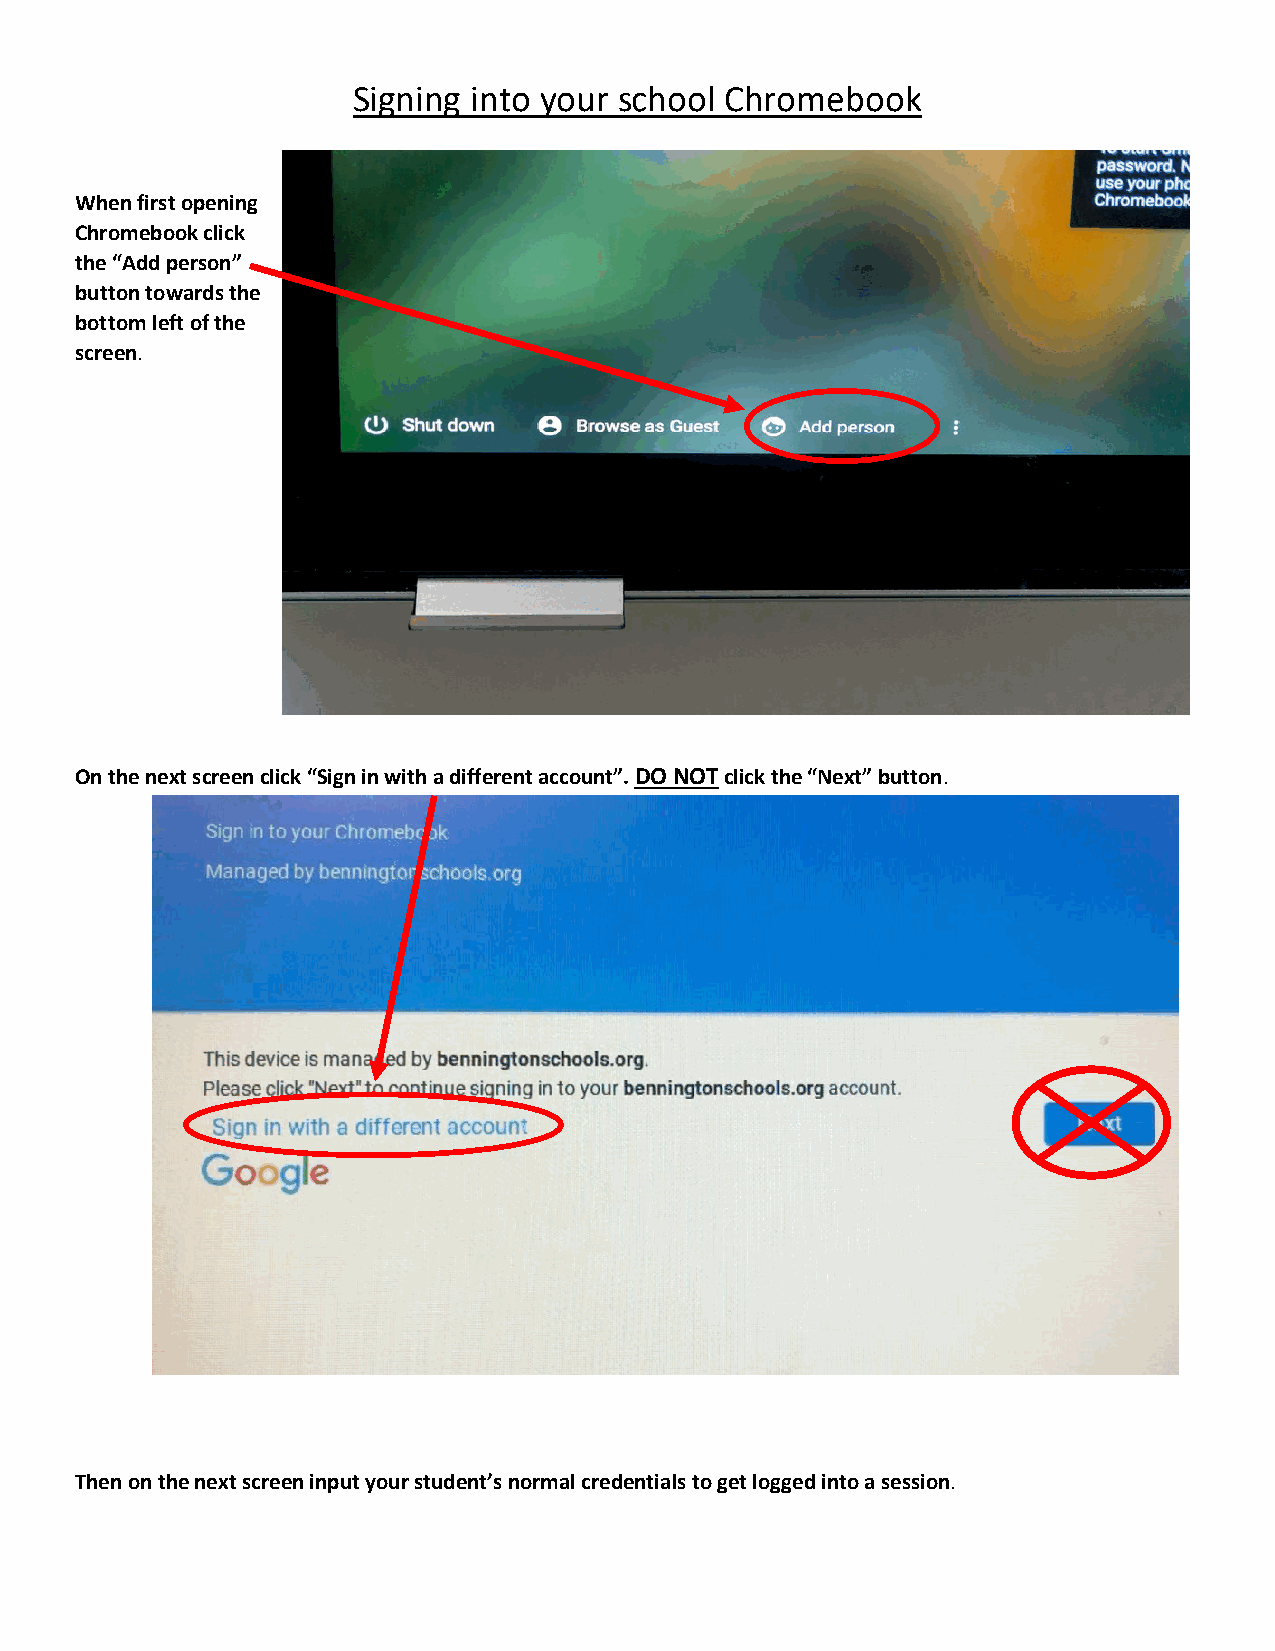
Signing into your school Chromebook
 When first opening
 Chromebook click
 the “Add person”
 button towards the
 bottom left of the
 screen.
 On the next screen click “Sign in with a different account”. DO NOT click the “Next” button.
 Then on the next screen input your student’s normal credentials to get logged into a session.